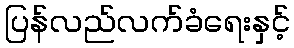
ပြန်လည်လက်ခံရေးနှင့်